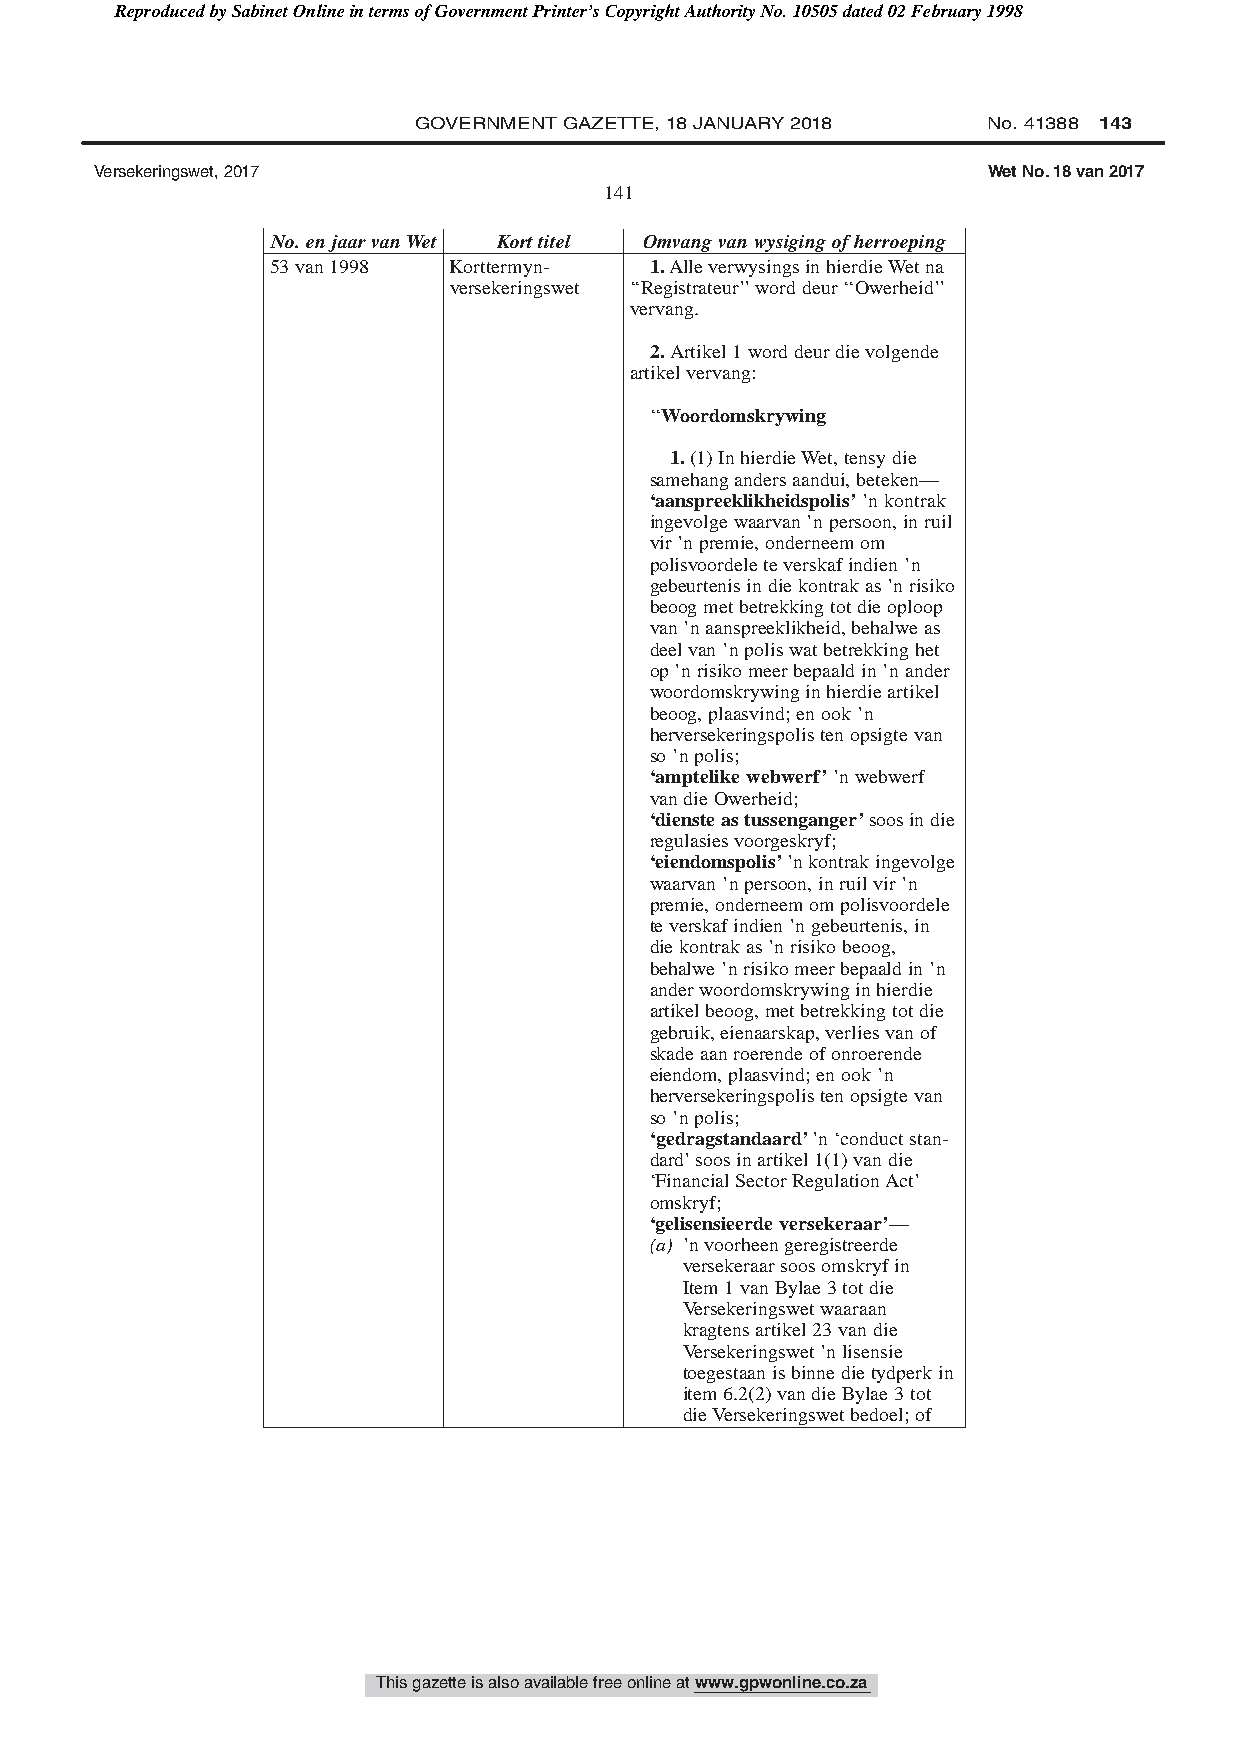
Reproduced by Sabinet Online in terms of Government Printer’s Copyright Authority No. 10505 dated 02 February 1998
 GOVERNMENT GAZETTE, 18 JANUARY 2018   No. 41388 143
 Versekeringswet, 2017                                      Wet No. 18 van 2017
 141
 No.enjaarvanWet Korttitel Omvangvanwysigingofherroeping
 53van1998   Korttermyn-  1.AlleverwysingsinhierdieWetna
 versekeringswet ‘‘Registrateur’’worddeur‘‘Owerheid’’
 vervang.
 2.Artikel1worddeurdievolgende
 artikelvervang:
 ‘‘Woordomskrywing
 1.(1)InhierdieWet,tensydie
 samehangandersaandui,beteken—
 ‘aanspreeklikheidspolis’’nkontrak
 ingevolgewaarvan’npersoon,inruil
 vir’npremie,onderneemom
 polisvoordeleteverskafindien’n
 gebeurtenisindiekontrakas’nrisiko
 beoogmetbetrekkingtotdieoploop
 van’naanspreeklikheid,behalweas
 deelvan’npoliswatbetrekkinghet
 op’nrisikomeerbepaaldin’nander
 woordomskrywinginhierdieartikel
 beoog,plaasvind;enook’n
 herversekeringspolistenopsigtevan
 so’npolis;
 ‘amptelikewebwerf’’nwebwerf
 vandieOwerheid;
 ‘diensteastussenganger’soosindie
 regulasiesvoorgeskryf;
 ‘eiendomspolis’’nkontrakingevolge
 waarvan’npersoon,inruilvir’n
 premie,onderneemompolisvoordele
 teverskafindien’ngebeurtenis,in
 diekontrakas’nrisikobeoog,
 behalwe’nrisikomeerbepaaldin’n
 anderwoordomskrywinginhierdie
 artikelbeoog,metbetrekkingtotdie
 gebruik,eienaarskap,verliesvanof
 skadeaanroerendeofonroerende
 eiendom,plaasvind;enook’n
 herversekeringspolistenopsigtevan
 so’npolis;
 ‘gedragstandaard’’n‘conductstan-
 dard’soosinartikel1(1)vandie
 ‘FinancialSectorRegulationAct’
 omskryf;
 ‘gelisensieerdeversekeraar’—
 (a) ’nvoorheengeregistreerde
 versekeraarsoosomskryfin
 Item1vanBylae3totdie
 Versekeringswetwaaraan
 kragtensartikel23vandie
 Versekeringswet’nlisensie
 toegestaanisbinnedietydperkin
 item6.2(2)vandieBylae3tot
 dieVersekeringswetbedoel;of
 This gazette is also available free online at www.gpwonline.co.za